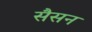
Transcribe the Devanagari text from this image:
सैसन